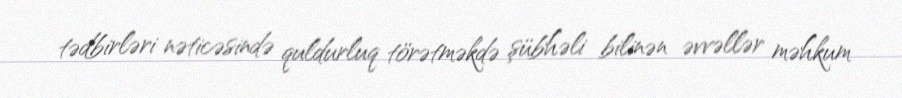
tədbirləri nəticəsində quldurluq törətməkdə şübhəli bilinən əvvəllər məhkum